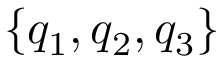
\{ q _ { 1 } , q _ { 2 } , q _ { 3 } \}